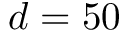
d = 5 0